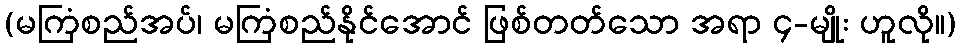
(မကြံစည်အပ်၊ မကြံစည်နိုင်အောင် ဖြစ်တတ်သော အရာ ၄-မျိုး ဟူလို။)